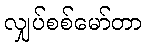
လျှပ်စစ်မော်တာ